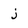
Character: j